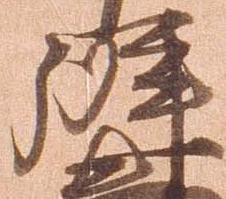
弁